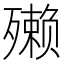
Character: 𪵇